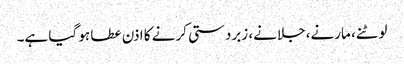
لوٹنے، مارنے، جلانے، زبردستی کرنے کا اذن عطا ہو گیا ہے۔